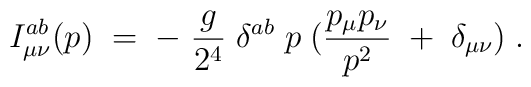
I_{\mu \nu}^{a b} (p)\;=\;-\; \frac{g}{2^4} \;\delta^{a b} \;p\;(\frac{p_{\mu} p_{\nu}}{p^2} \;+\;\delta_{\mu \nu} ) \;.